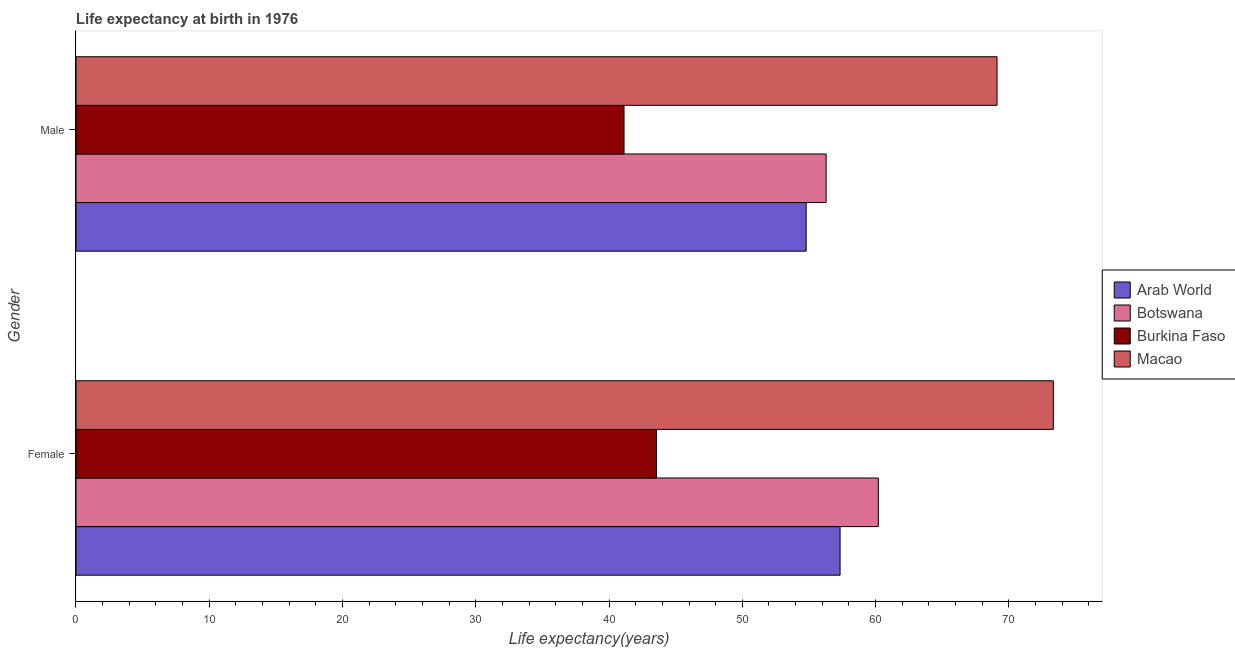
| Gender | Arab World | Botswana | Burkina Faso | Macao |
 | --- | --- | --- | --- | --- |
 | Female | 57.3 | 60.2 | 43.6 | 73.3 |
 | Male | 54.8 | 56.3 | 41.1 | 69.1 |